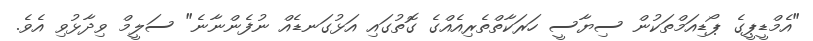
"އެމްޑީޕީގެ ޕޯޑިއަމްތަކުން ސިޔާސީ ހަރަކާތްތެރިއެއްގެ ގޮތުގައި އަޅުގަނޑެއް ނުފެންނާނެ" ސަލީމް ވިދާޅުވި އެވެ.